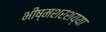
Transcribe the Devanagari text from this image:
भीष्मशरशय्या